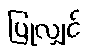
ပြုလျှင်